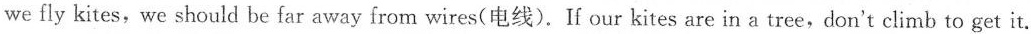
we fly kites, we should be far away from wires(电线).If our kites are in a tree,don't climb to get it.